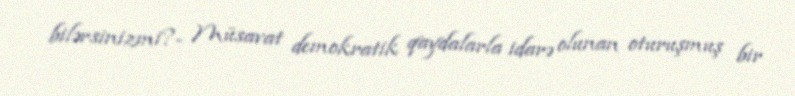
bilərsinizmi?- Müsavat demokratik qaydalarla idarə olunan oturuşmuş bir